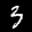
Label: 3